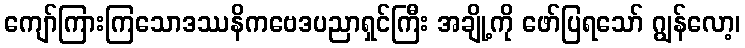
ကျော်ကြားကြသောဒဿနိကဗေဒပညာရှင်ကြီး အချို့ကို ဖော်ပြရသော် ဂျွန်လော့၊